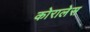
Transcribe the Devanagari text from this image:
कोरालेस